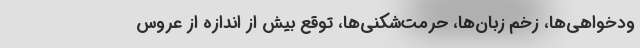
ودخواهی‌ها، زخم زبان‌ها، حرمت‌شکنی‌ها، توقع بیش از اندازه از عروس